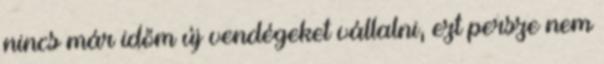
nincs már időm új vendégeket vállalni, ezt persze nem